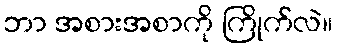
ဘာ အစားအစာကို ကြိုက်လဲ။